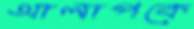
আলাপকে